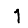
Digit: 1